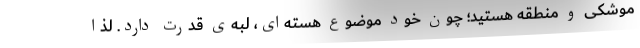
موشکی و منطقه هستید؛ چون خود موضوع هسته‌ای، لبه‌ی قدرت دارد. لذا